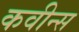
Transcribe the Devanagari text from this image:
कवीन्स